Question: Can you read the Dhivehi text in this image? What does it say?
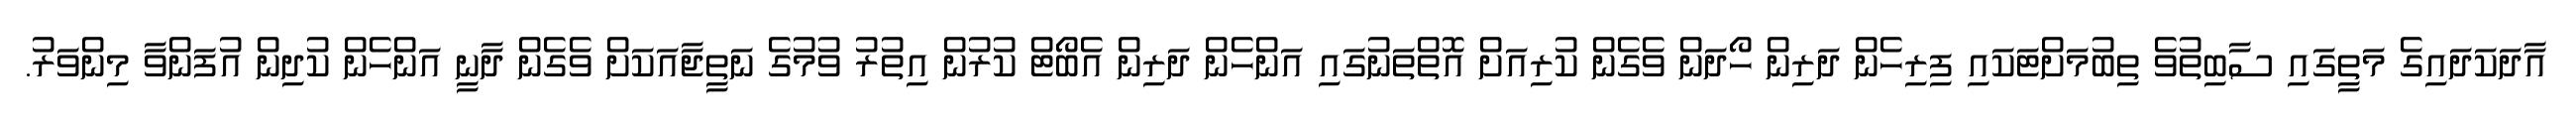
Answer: އާދަކަދައިގެ މަތީގައި ސާބިތުވެ ތިބުމަށްޓަކައި ފިރިހެން ދަރިން ހޯދަން ވެގެން ކުރިއަށް އޮތްތަނުގައި އަންހެން ދަރިން އެބޯޓް ކުރުން އިތުރު ވުމުގެ ނަތީޖާއަކަށް ވެގެން ދާނީ އަންހެން ކުދިން އުފަންވާ މިންވަރު.